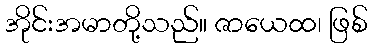
အိုင်းအမာတို့သည်။ ဇာယေထ၊ ဖြစ်